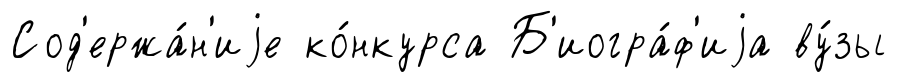
Сод'ержа́н'иjе ко́нкурса Б'иогра́ф'иjа ву́зы